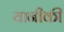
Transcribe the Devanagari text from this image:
यानीकी